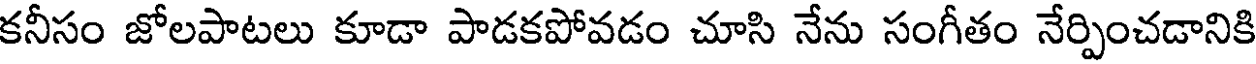
కనీసం జోలపాటలు కూడా పాడకపోవడం చూసి నేను సంగీతం నేర్పించడానికి